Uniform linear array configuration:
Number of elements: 12
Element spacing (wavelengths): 1
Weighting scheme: hann
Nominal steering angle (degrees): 0
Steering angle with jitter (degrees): -1.9
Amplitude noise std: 0.05
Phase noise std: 0.05

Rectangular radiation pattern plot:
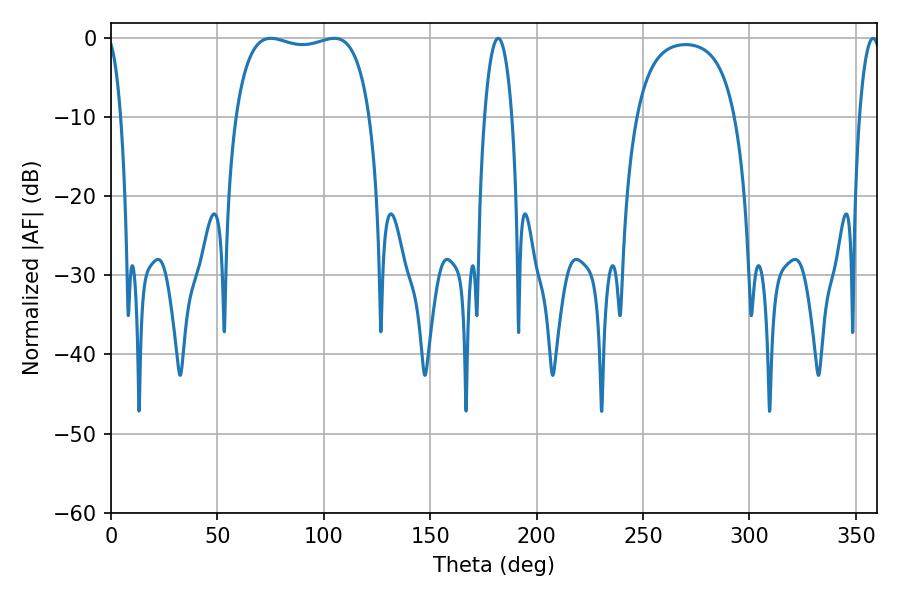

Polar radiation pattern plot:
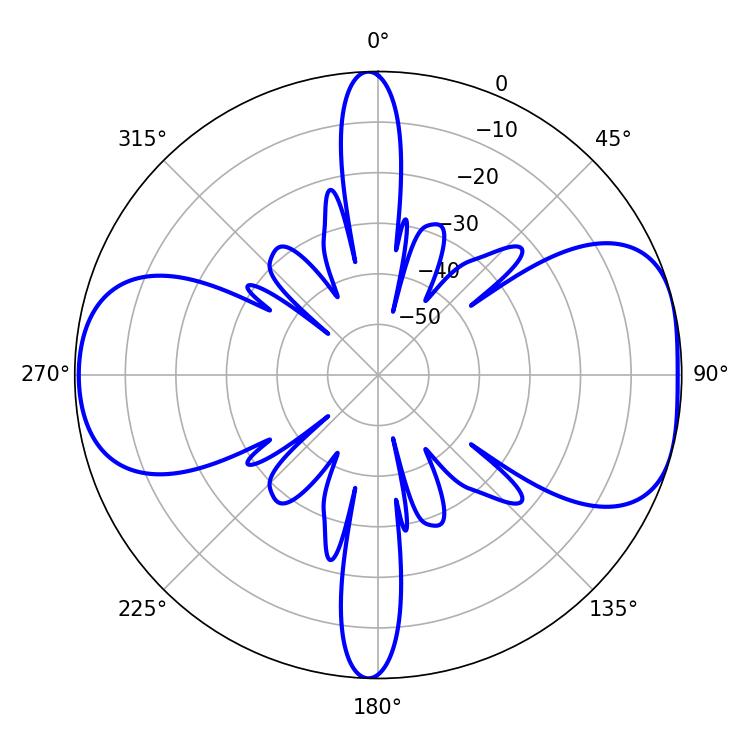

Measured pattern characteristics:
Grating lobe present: TRUE
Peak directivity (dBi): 7.486
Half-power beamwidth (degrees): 51.12
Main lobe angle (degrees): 75.06